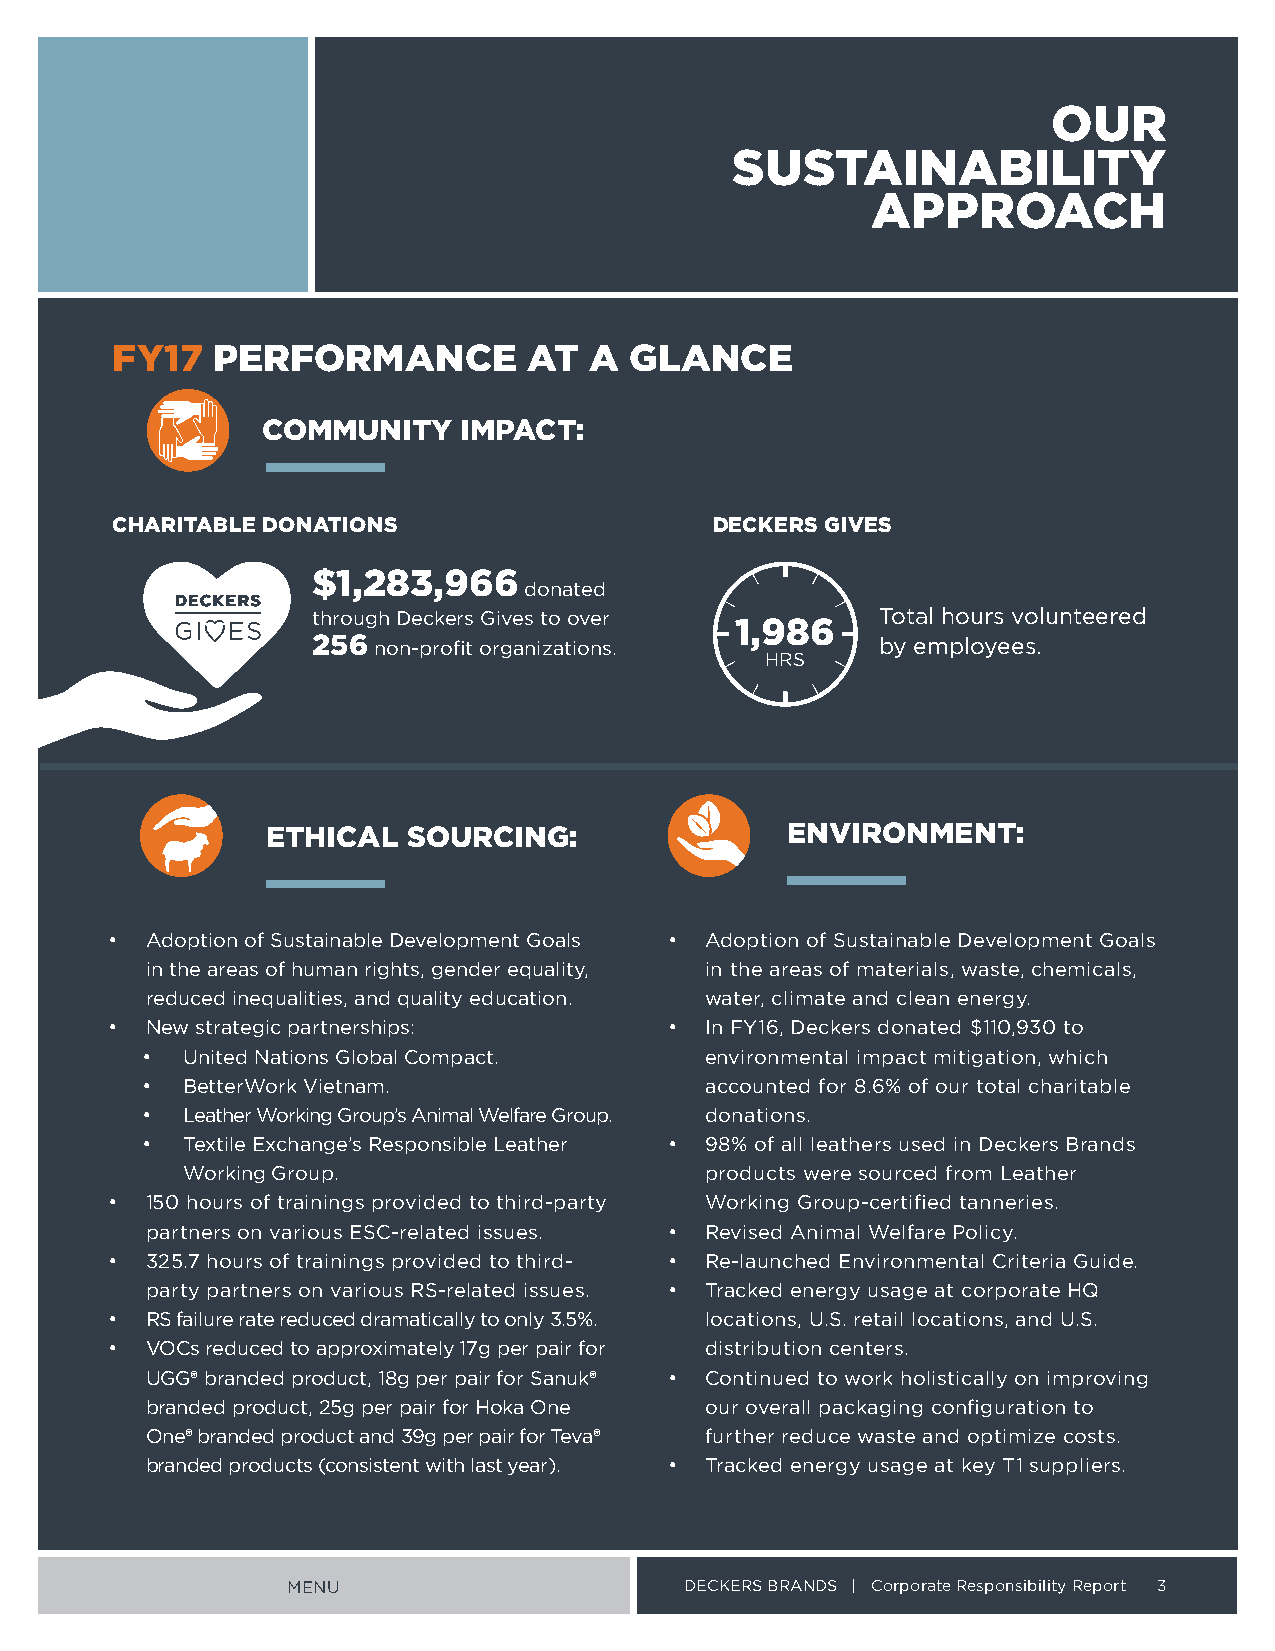
OUR
 SUSTAINABILITY
 APPROACH
 FY17   PERFORMANCE          AT  A  GLANCE
 COMMUNITY     IMPACT:
 CHARITABLE DONATIONS                    DECKERS GIVES
 $1,283,966
 donated
 through Deckers Gives to over        Total hours volunteered
 1,986
 256 non-profit organizations         by employees
 HRS
 ETHICAL  SOURCING:                ENVIRONMENT:
 •  Adoption of Sustainable Development Goals • Adoption of Sustainable Development Goals
 in the areas of human rights, gender equality, in the areas of materials, waste, chemicals,
 reduced inequalities, and quality education water, climate and clean energy
 •  New strategic partnerships:       •  In FY16, Deckers donated $110,930 to
 •  United Nations Global Compact      environmental impact mitigation, which
 •  BetterWork Vietnam                 accounted for 8 6% of our total charitable
 •  Leather Working Group’s Animal Welfare Group donations
 •  Textile Exchange’s Responsible Leather • 98% of all leathers used in Deckers Brands
 Working Group                      products were sourced from Leather
 •  150 hours of trainings provided to third-party Working Group-certified tanneries
 partners on various ESC-related issues • Revised Animal Welfare Policy
 •  325 7 hours of trainings provided to third- • Re-launched Environmental Criteria Guide
 party partners on various RS-related issues • Tracked energy usage at corporate HQ
 •  RS failure rate reduced dramatically to only 3 5% locations, U S retail locations, and U S
 •  VOCs reduced to approximately 17g per pair for distribution centers
 UGG® branded product, 18g per pair for Sanuk® • Continued to work holistically on improving
 branded product, 25g per pair for Hoka One our overall packaging configuration to
 One® branded product and 39g per pair for Teva® further reduce waste and optimize costs
 branded products (consistent with last year) • Tracked energy usage at key T1 suppliers
 MENU                      DECKERS BRANDS | Corporate Responsibility Report 3